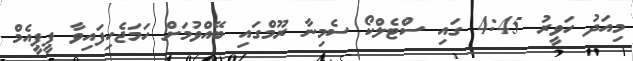
މިއަދު ހަވީރު 4:45 ގައި ސްޓެލްކޯ ސެމިނާ ރޫމްގައި ބޭއްވުމަށް ހަމަޖެހިފައިވާ ޕީޕީއެމް